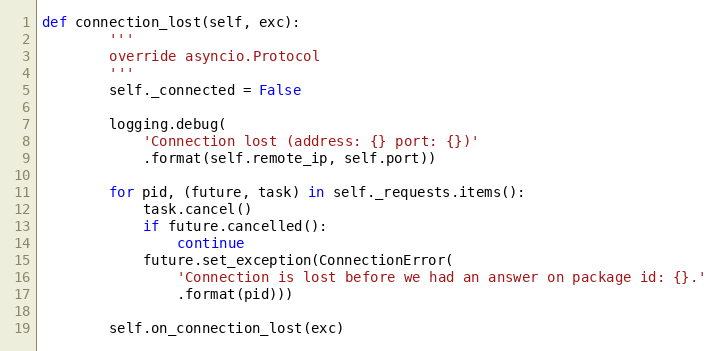
Language: Python
def connection_lost(self, exc):
        '''
        override asyncio.Protocol
        '''
        self._connected = False

        logging.debug(
            'Connection lost (address: {} port: {})'
            .format(self.remote_ip, self.port))

        for pid, (future, task) in self._requests.items():
            task.cancel()
            if future.cancelled():
                continue
            future.set_exception(ConnectionError(
                'Connection is lost before we had an answer on package id: {}.'
                .format(pid)))

        self.on_connection_lost(exc)